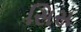
સિસ